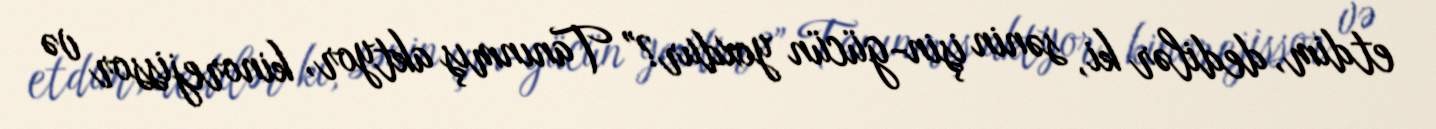
etdim, dedilər ki, sənin işin-gücün yoxdur?” Tanınmış aktyor, kinorejissor və